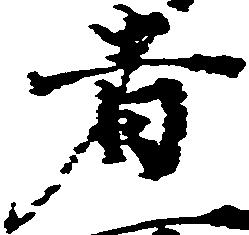
者